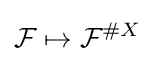
{\mathcal {F}}\mapsto {\mathcal {F}}^{\#X}